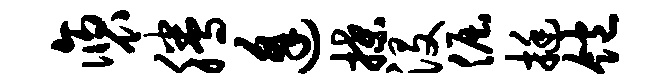
褒腾逢揲没倔挺饱